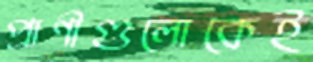
প্রাণীগুলোকেই